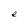
Character: e